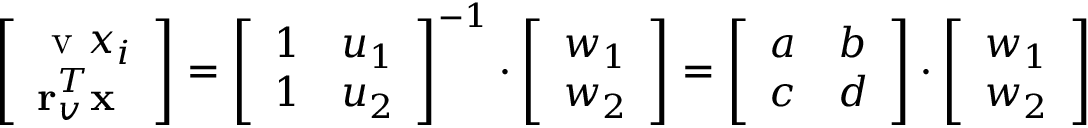
\left[ \begin{array} { l } { \textrm { v } x _ { i } } \\ { \mathbf { r } _ { v } ^ { T } \mathbf { x } } \end{array} \right] = \left[ \begin{array} { l l } { 1 } & { u _ { 1 } } \\ { 1 } & { u _ { 2 } } \end{array} \right] ^ { - 1 } \cdot \left[ \begin{array} { l } { w _ { 1 } } \\ { w _ { 2 } } \end{array} \right] = \left[ \begin{array} { l l } { a } & { b } \\ { c } & { d } \end{array} \right] \cdot \left[ \begin{array} { l } { w _ { 1 } } \\ { w _ { 2 } } \end{array} \right]